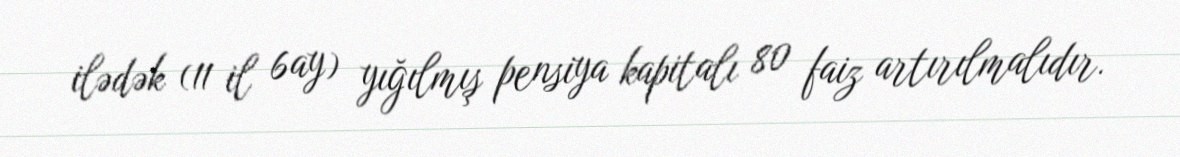
ilədək (11 il 6ay) yığılmış pensiya kapitalı 80 faiz artırılmalıdır.